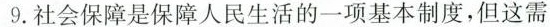
9.社会保障是保障人民生活的一项基本制度，但这需